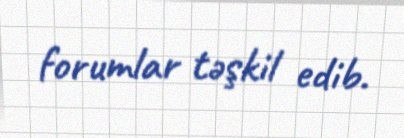
forumlar təşkil edib.